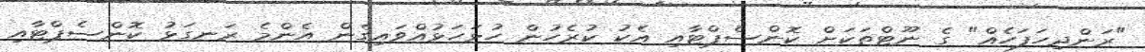
"ރަންދިހަފަހެއް" ގެ ނޫޓްތަކަށް ކޮންސެޕްޓާއި އެކު ކުރެހުން ހުޅަހަޅުއްވައިގެން އެންމެ ރަނގަޅު ކޮންސެޕްޓާއި